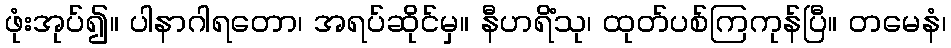
ဖုံးအုပ်၍။ ပါနာဂါရတော၊ အရပ်ဆိုင်မှ။ နီဟရိံသု၊ ထုတ်ပစ်ကြကုန်ပြီ။ တမေနံ၊